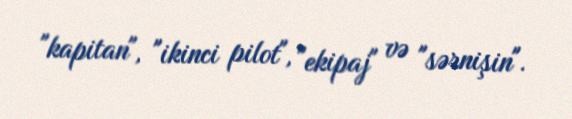
"kapitan", "ikinci pilot", "ekipaj" və "sərnişin".